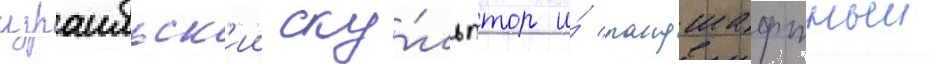
израильск'ии ску́льптор и́ ландшафтныи